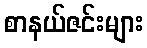
စာနယ်ဇင်းများ